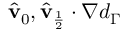
\hat { \mathbf { v } } _ { 0 } , \hat { \mathbf { v } } _ { \frac { 1 } { 2 } } \cdot \nabla d _ { \Gamma }